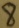
Text: 8